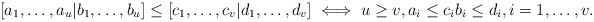
\begin{align*} [a_1,\dots,a_u | b_1,\dots,b_u] \leq [c_1,\dots,c_v | d_1,\dots,d_v] \iff u \geq v, a_i \leq c_i b_i \leq d_i, i=1,\dots,v.\end{align*}